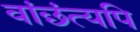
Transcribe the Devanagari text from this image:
वांछंत्यपि